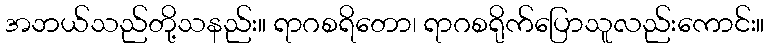
အဘယ်သည်တို့သနည်း။ ရာဂစရိတော၊ ရာဂစရိုက်ပြောသူလည်းကောင်း။